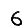
Digit: 6